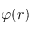
\varphi ( r )